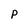
Character: p